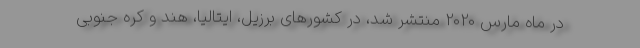
در ماه مارس 2020 منتشر شد، در کشورهای برزیل، ایتالیا، هند و کره جنوبی